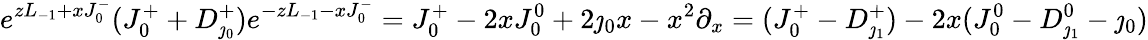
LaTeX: e^{zL_{-1}+xJ_{0}^{-}}(J_{0}^{+}+D_{\jmath_{0}}^{+})e^{-zL_{-1}-xJ_{0}^{-}}=J_{0}^{+}-2xJ_{0}^{0}+2\jmath_{0}x-x^{2}\partial_{x}=(J_{0}^{+}-D_{\jmath_{1}}^{+})-2x(J_{0}^{0}-D_{\jmath_{1}}^{0}-\jmath_{0})